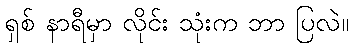
ရှစ် နာရီမှာ လိုင်း သုံးက ဘာ ပြလဲ။